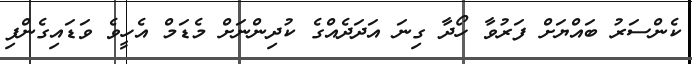
ކެންސަރު ބައްޔަށް ފަރުވާ ހޯދާ ގިނަ އަދަދެއްގެ ކުދިންނަށް މެޑަމް އެހީވެ ވަޑައިގެންފި